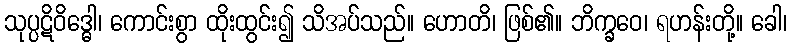
သုပ္ပဋိဝိဒ္ဓေါ၊ ကောင်းစွာ ထိုးထွင်း၍ သိအပ်သည်။ ဟောတိ၊ ဖြစ်၏။ ဘိက္ခဝေ၊ ရဟန်းတို့။ ခေါ၊